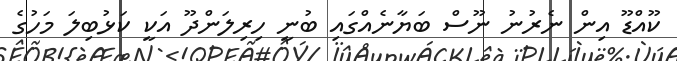
ކޫއްޑޫ އިން ނެރުނު ނޫސް ބަޔާނެއްގައި ބުނީ ހިރިލަންދޫ އަކީ ކަޅުބިލަ މަހުގެ